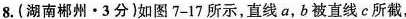
8.(湖南郴州▪ 3分)如图7-17所示，直线a，b被直线c所截，